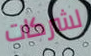
لشركات